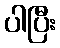
ပါပြီး